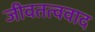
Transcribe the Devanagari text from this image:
जीवतत्ववाद